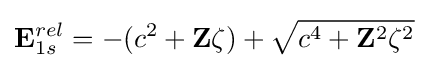
\mathbf {E} _{1s}^{rel}=-(c^{2}+\mathbf {Z} \zeta )+{\sqrt {c^{4}+\mathbf {Z} ^{2}\zeta ^{2}}}